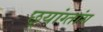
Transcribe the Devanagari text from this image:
छ्यांग्तांग